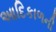
આદિકાળની